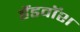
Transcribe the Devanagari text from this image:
हैंडवॉश